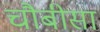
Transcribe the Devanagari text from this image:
चौबीसा